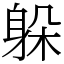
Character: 躲